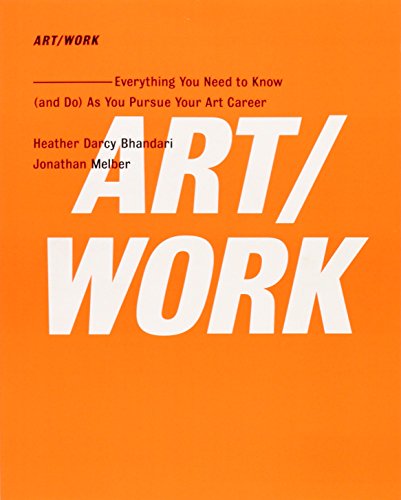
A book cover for ART/WORK: Everything You Need to Know (and Do) As You Pursue Your Art Career; Heather Darcy Bhandari; Humor & Entertainment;